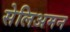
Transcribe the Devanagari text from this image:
सेलिअमन